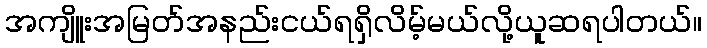
အကျိူးအမြတ်အနည်းငယ်ရရှိလိမ့်မယ်လို့ယူဆရပါတယ်။